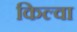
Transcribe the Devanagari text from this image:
किल्वा